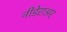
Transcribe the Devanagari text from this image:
नीडेराअर